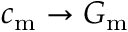
c _ { \mathrm { m } } \rightarrow G _ { \mathrm { m } }